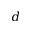
d